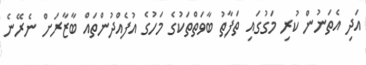
އަދި އެތަނުން ކުރި މަގުގައި ތަފާތު ބާވަތްތަކުގެ މަހުގެ އުފެއްދުންތައް ބާޒާރަށް ނެރޭނެ